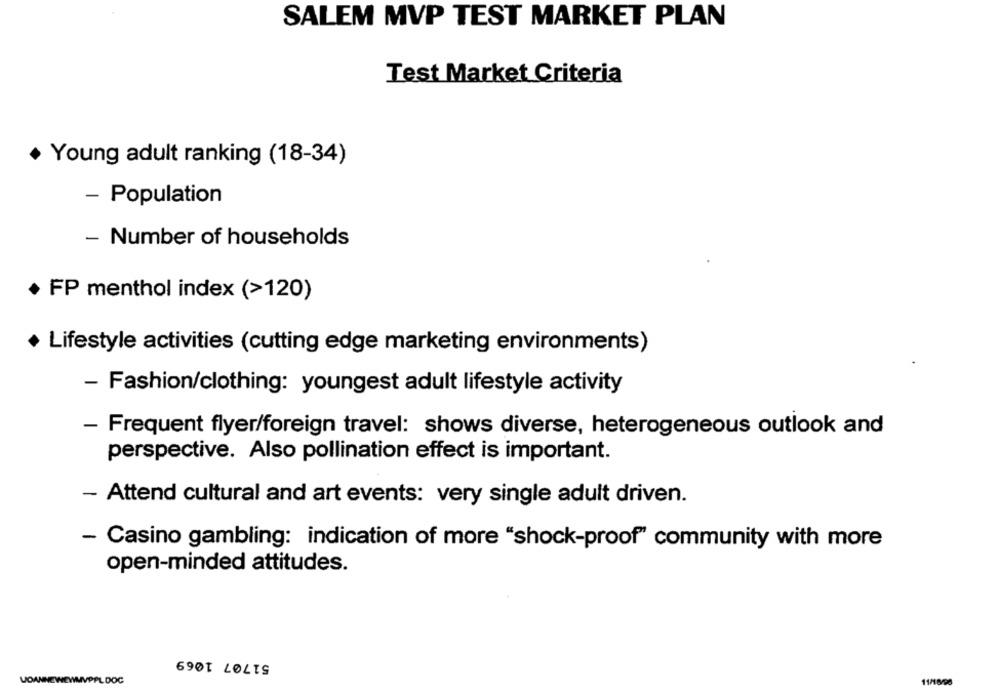
SALEM MVP TEST MARKET PLAN
Test Market Criteria
· Young adult ranking (18-34)
- Population
- Number of households
· FP menthol index (>120)
· Lifestyle activities (cutting edge marketing environments)
- Fashion/clothing: youngest adult lifestyle activity
- Frequent flyer/foreign travel: shows diverse, heterogeneous outlook and
perspective. Also pollination effect is important.
- Attend cultural and art events: very single adult driven.
- Casino gambling: indication of more "shock-proof" community with more
open-minded attitudes.
51707 1069
VOANNEWEWMVPPL DOC
11/18/98